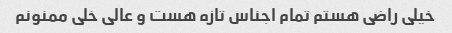
خیلی راضی هستم تمام اجناس تازه هست و عالی خلی ممنونم